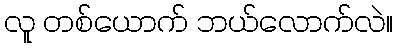
လူ တစ်ယောက် ဘယ်လောက်လဲ။